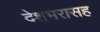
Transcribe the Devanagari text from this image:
देशभरासह